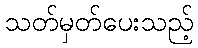
သတ်မှတ်ပေးသည့်